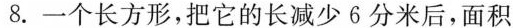
8.一个长方形，把它的长减少6分米后，面积